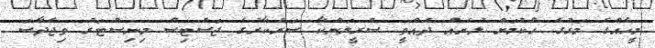
މީހެއްގެ މަރުގެ ހުކުމަށް ލުޔެއް ދެއްވީ ސްރީލަންކާ ސަރުކާރުގެ ޖަސްޓިސް މިނިސްޓަރު ވިޖެދާސަ